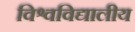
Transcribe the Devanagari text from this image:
विश्वविद्यालीय